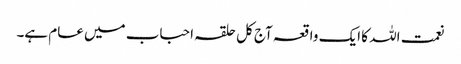
نعمت اللہ کا ایک واقعہ آج کل حلقہ احباب میں عام ہے۔